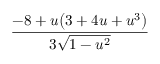
\frac { - 8 + u \big ( 3 + 4 u + u ^ { 3 } \big ) } { 3 \sqrt { 1 - u ^ { 2 } } }